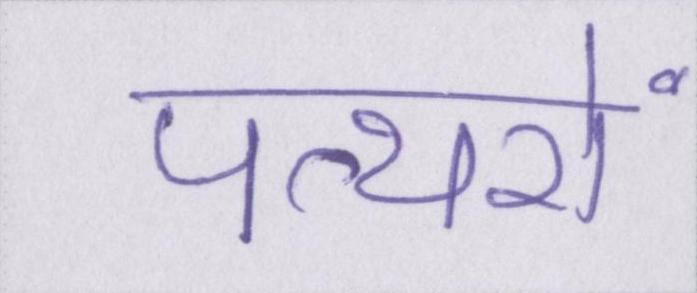
पत्थरों